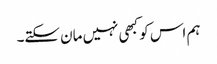
ہم اس کو کبھی نہیں مان سکتے۔